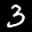
Label: 3